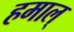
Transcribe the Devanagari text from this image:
हमाल्